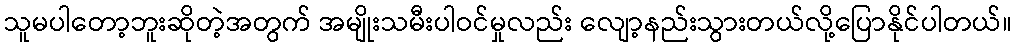
သူမပါတော့ဘူးဆိုတဲ့အတွက် အမျိုးသမီးပါဝင်မှုလည်း လျော့နည်းသွားတယ်လို့ပြောနိုင်ပါတယ်။